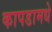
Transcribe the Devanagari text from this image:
कापडामधे